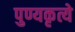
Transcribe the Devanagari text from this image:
पुण्यकृत्ये